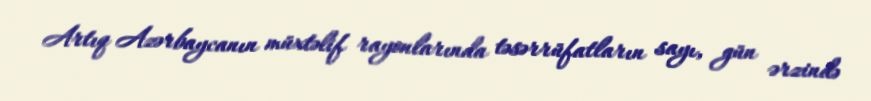
Artıq Azərbaycanın müxtəlif rayonlarında təsərrüfatların sayı, gün ərzində